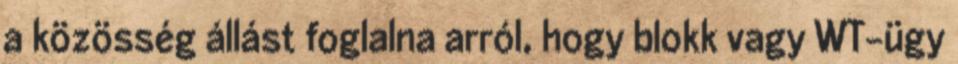
a közösség állást foglalna arról, hogy blokk vagy WT-ügy